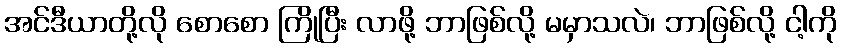
အင်ဒီယာတို့လို စောစော ကြိုပြီး လာဖို့ ဘာဖြစ်လို့ မမှာသလဲ၊ ဘာဖြစ်လို့ ငါ့ကို